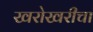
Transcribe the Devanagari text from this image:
खरोखरीचा